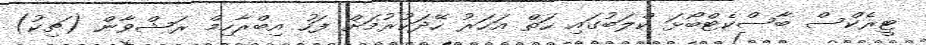
ޓީރެކްސް ބާސްކެޓްބޯޅަ ކްލަބުގައި ހަތް އަހަރު ހޭދަކުރުމަށް ފަހު އިބްރާހިމް ރަޝްވާން (ޗިކު)